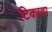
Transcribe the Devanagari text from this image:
टिकावा